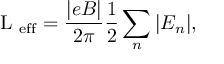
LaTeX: \mathrm { ~ \cal ~ L ~ } _ { \mathrm { e f f } } = \frac { | e B | } { 2 \pi } \frac { 1 } { 2 } \sum _ { n } | E _ { n } | ,